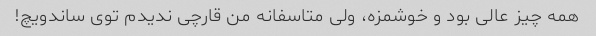
همه چیز عالی بود و خوشمزه، ولی متاسفانه من قارچی ندیدم توی ساندویچ!